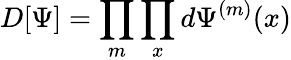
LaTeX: D[\Psi]=\prod_{m}\prod_{x}d\Psi^{(m)}(x)